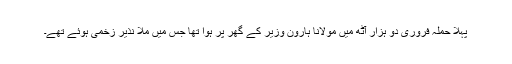
پہلا حملہ فروری دو ہزار آٹھ میں مولانا ہارون وزیر کے گھر پر ہوا تھا جس میں ملا نذیر زخمی ہوئے تھے۔